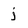
Character: j